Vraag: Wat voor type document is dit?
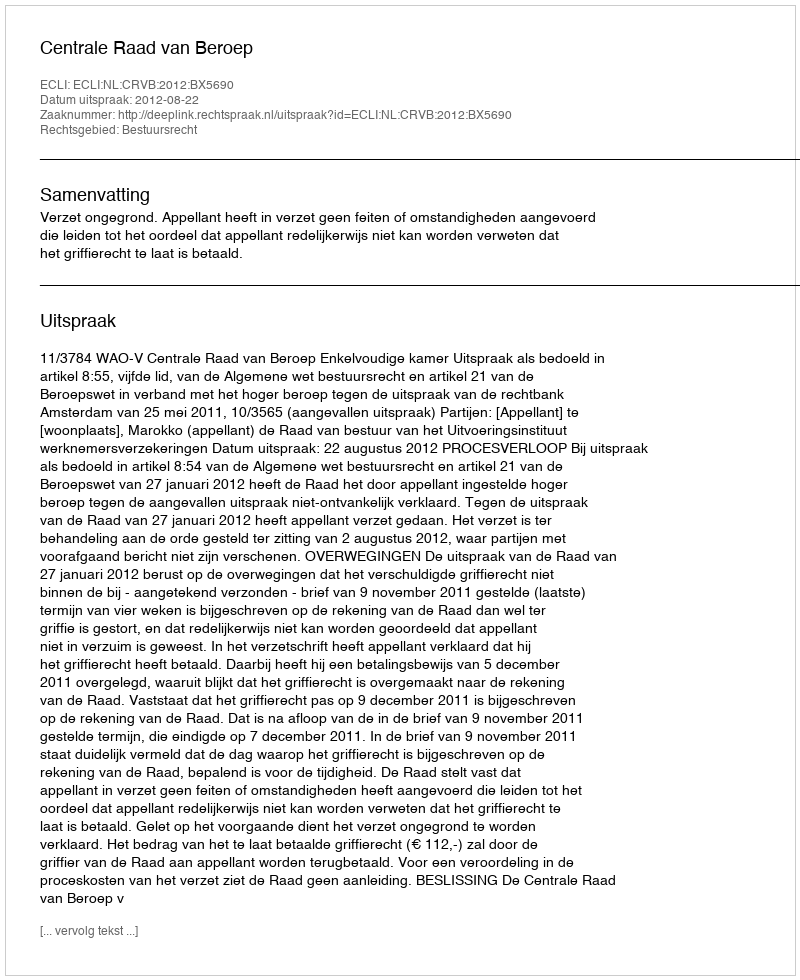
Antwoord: Uitspraak